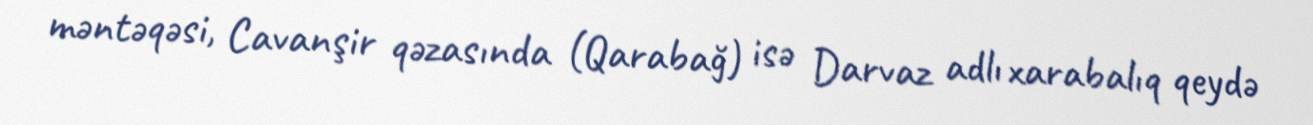
məntəqəsi, Cavanşir qəzasında (Qarabağ) isə Darvaz adlı xarabalıq qeydə